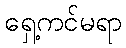
ရှေ့ကင်မရာ